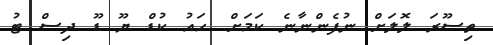
ތިސޫރަ ލޮލަށް ނުފެންނާނެ ކަމަށް. ހައު ކުޑް ޔޫ ޑޫ ދިސް ޓު